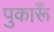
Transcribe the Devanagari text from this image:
पुकारूँ